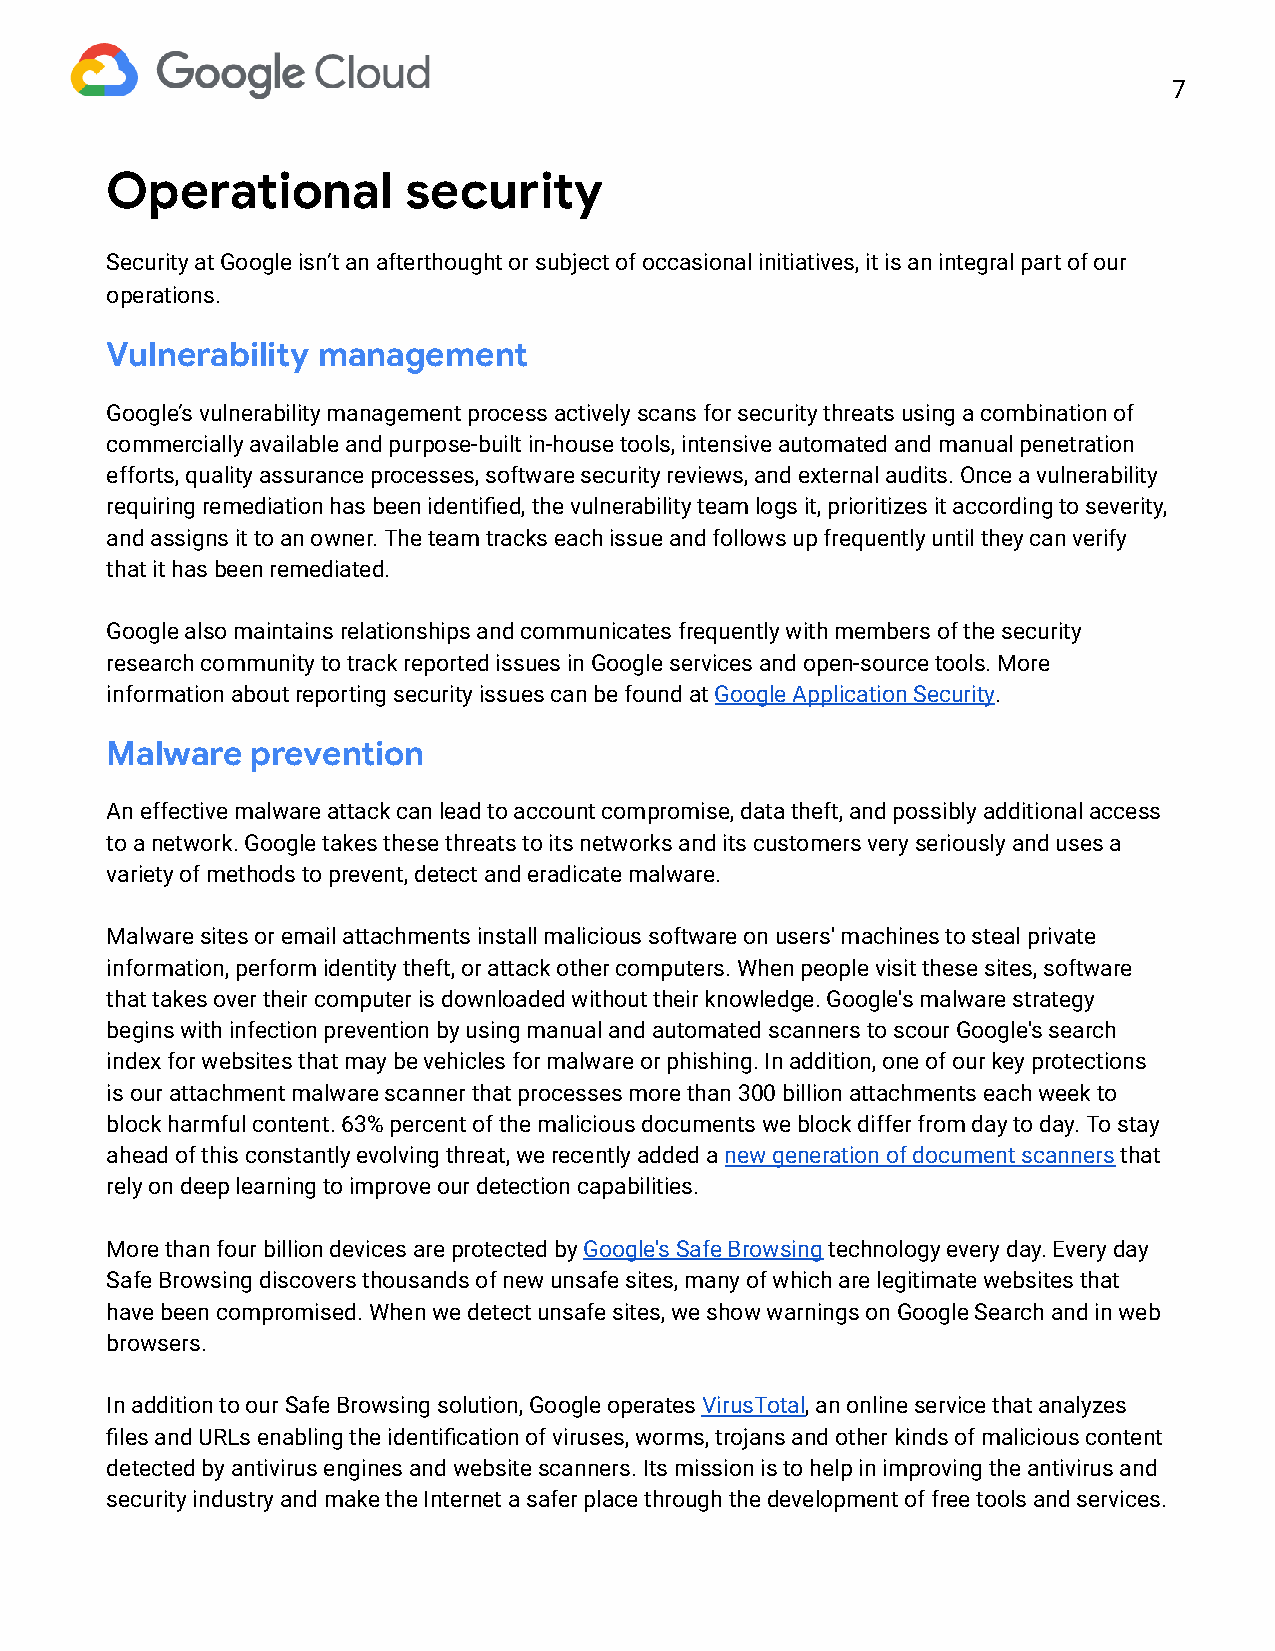
7
 Operational         security
 Security at Google isn’t an afterthought or subject of occasional initiatives, it is an integral part of our
 operations.
 Vulnerability management
 Google’s vulnerability management process actively scans for security threats using a combination of
 commercially available and purpose-built in-house tools, intensive automated and manual penetration
 efforts, quality assurance processes, software security reviews, and external audits. Once a vulnerability
 requiring remediation has been identified, the vulnerability team logs it, prioritizes it according to severity,
 and assigns it to an owner. The team tracks each issue and follows up frequently until they can verify
 that it has been remediated.
 Google also maintains relationships and communicates frequently with members of the security
 research community to track reported issues in Google services and open-source tools. More
 information about reporting security issues can be found at G oogle Application Security.
 Malware   prevention
 An effective malware attack can lead to account compromise, data theft, and possibly additional access
 to a network. Google takes these threats to its networks and its customers very seriously and uses a
 variety of methods to prevent, detect and eradicate malware.
 Malware sites or email attachments install malicious software on users' machines to steal private
 information, perform identity theft, or attack other computers. When people visit these sites, software
 that takes over their computer is downloaded without their knowledge. Google's malware strategy
 begins with infection prevention by using manual and automated scanners to scour Google's search
 index for websites that may be vehicles for malware or phishing. In addition, one of our key protections
 is our attachment malware scanner that processes more than 300 billion attachments each week to
 block harmful content. 63% percent of the malicious documents we block differ from day to day. To stay
 ahead of this constantly evolving threat, we recently added a n ew generation of document scanners that
 rely on deep learning to improve our detection capabilities.
 More than four billion devices are protected by G oogle's Safe Browsing technology every day. Every day
 Safe Browsing discovers thousands of new unsafe sites, many of which are legitimate websites that
 have been compromised. When we detect unsafe sites, we show warnings on Google Search and in web
 browsers.
 In addition to our Safe Browsing solution, Google operates V irusTotal, an online service that analyzes
 files and URLs enabling the identification of viruses, worms, trojans and other kinds of malicious content
 detected by antivirus engines and website scanners. Its mission is to help in improving the antivirus and
 security industry and make the Internet a safer place through the development of free tools and services.